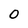
Character: 0